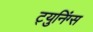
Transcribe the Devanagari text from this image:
ट्युनिंग्स